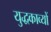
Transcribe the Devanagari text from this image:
युद्धकाव्यों